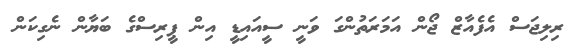
ރިލިޖަސް އެފެއާޒް ޖޯން އަމަރަތުންގަ ވަނީ ސީއައިޑީ އިން ޕީރިސްގެ ބަޔާން ނެގިކަން